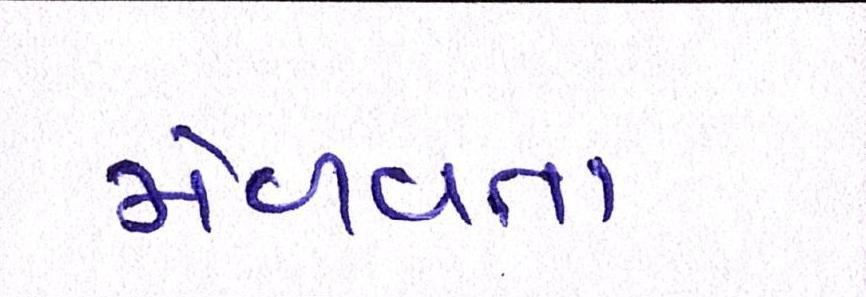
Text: મેળવતા